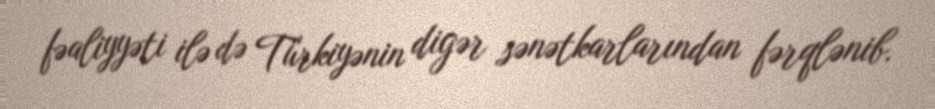
fəaliyyəti ilə də Türkiyənin digər sənətkarlarından fərqlənib.